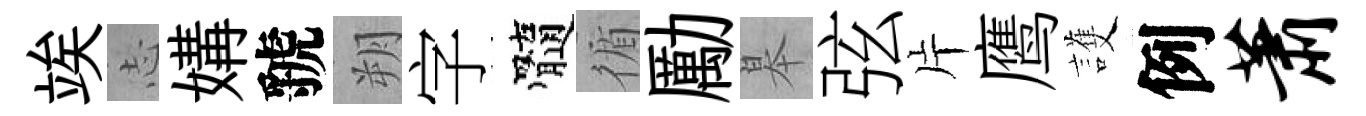
竢𢖽媾虢朔字髓循勵皋弦片鹰護例萧